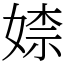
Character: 𡞫